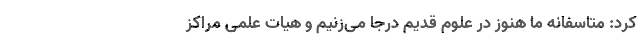
كرد: متاسفانه ما هنوز در علوم قدیم درجا می‌زنیم و هیات علمی مراكز